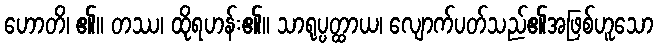
ဟောတိ၊ ၏။ တဿ၊ ထိုရဟန်း၏။ သာရုပ္ပတ္ထာယ၊ လျောက်ပတ်သည်၏အဖြစ်ဟူသော